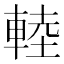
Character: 䡜